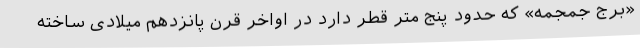
«برج جمجمه» که حدود پنج متر قطر دارد در اواخر قرن پانزدهم میلادی ساخته